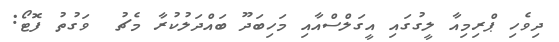
ދިވެހި ޕްރިމިއާ ލީގުގައި އީގަލްސްއާއި މަހިބަދޫ ބައްދަލުކުރާ މެޗު  ވަގުތު ފޮޓޯ: